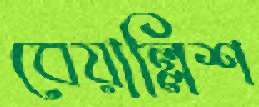
বেয়াল্লিশ